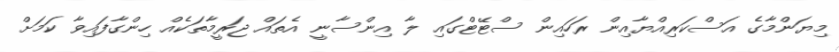
މިޔަންމާގެ އަސްކަރިއްޔާއިން ރަހައިން ސްޓޭޓްގައި ލާ އިންސާނީ އެތައް ޖަރީމާތަކެއް ހިންގާފައިވާ ކަމަށް